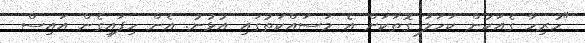
"ހުރިހާ ގެއަކުން ކަހަލަ ގޮތަކަށް އެ މަސައްކަތުގައި އުޅުނު. އެން ހިފައިގެން އައިސް